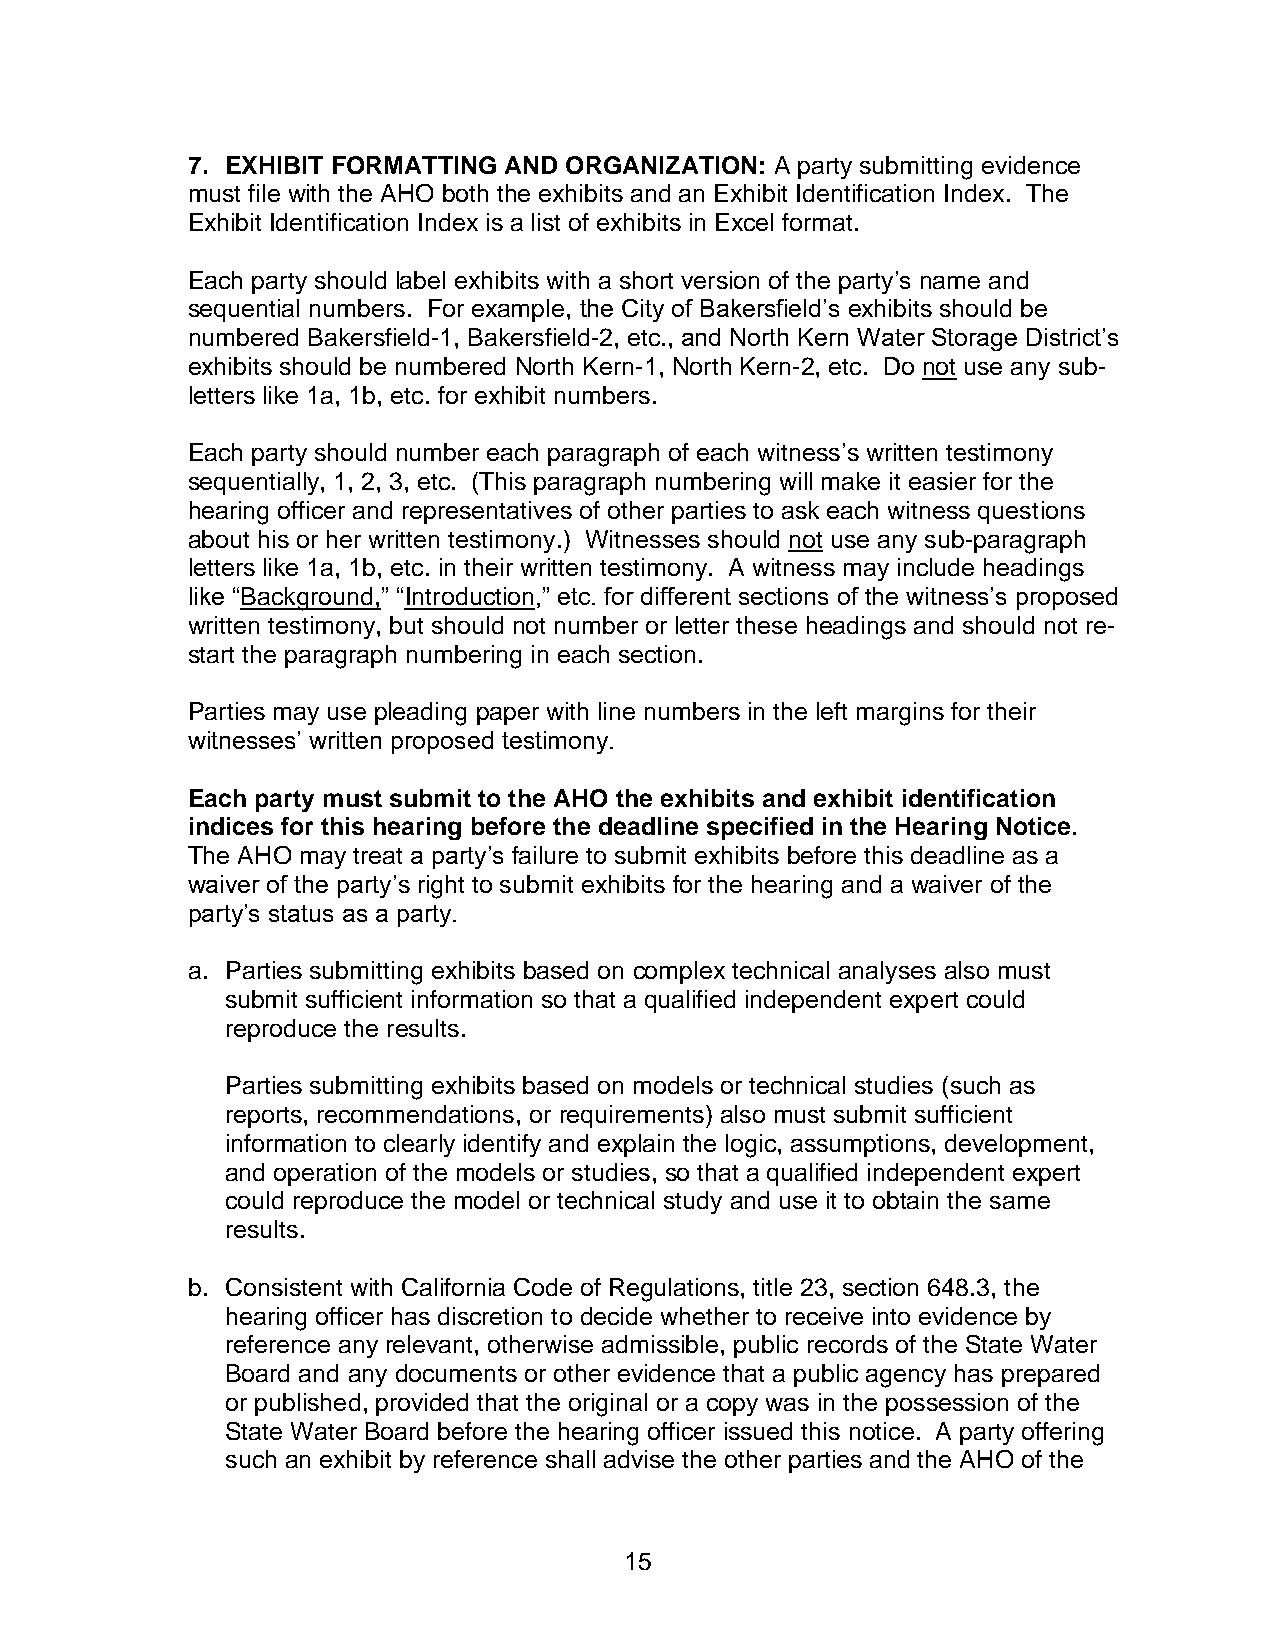
7. EXHIBIT FORMATTING AND ORGANIZATION: A party submitting evidence
 must file with the AHO both the exhibits and an Exhibit Identification Index. The
 Exhibit Identification Index is a list of exhibits in Excel format.
 Each party should label exhibits with a short version of the party’s name and
 sequential numbers. For example, the City of Bakersfield’s exhibits should be
 numbered Bakersfield-1, Bakersfield-2, etc., and North Kern Water Storage District’s
 exhibits should be numbered North Kern-1, North Kern-2, etc. Do not use any sub-
 letters like 1a, 1b, etc. for exhibit numbers.
 Each party should number each paragraph of each witness’s written testimony
 sequentially, 1, 2, 3, etc. (This paragraph numbering will make it easier for the
 hearing officer and representatives of other parties to ask each witness questions
 about his or her written testimony.) Witnesses should not use any sub-paragraph
 letters like 1a, 1b, etc. in their written testimony. A witness may include headings
 like “Background,” “Introduction,” etc. for different sections of the witness’s proposed
 written testimony, but should not number or letter these headings and should not re-
 start the paragraph numbering in each section.
 Parties may use pleading paper with line numbers in the left margins for their
 witnesses’ written proposed testimony.
 Each party must submit to the AHO the exhibits and exhibit identification
 indices for this hearing before the deadline specified in the Hearing Notice.
 The AHO may treat a party’s failure to submit exhibits before this deadline as a
 waiver of the party’s right to submit exhibits for the hearing and a waiver of the
 party’s status as a party.
 a. Parties submitting exhibits based on complex technical analyses also must
 submit sufficient information so that a qualified independent expert could
 reproduce the results.
 Parties submitting exhibits based on models or technical studies (such as
 reports, recommendations, or requirements) also must submit sufficient
 information to clearly identify and explain the logic, assumptions, development,
 and operation of the models or studies, so that a qualified independent expert
 could reproduce the model or technical study and use it to obtain the same
 results.
 b. Consistent with California Code of Regulations, title 23, section 648.3, the
 hearing officer has discretion to decide whether to receive into evidence by
 reference any relevant, otherwise admissible, public records of the State Water
 Board and any documents or other evidence that a public agency has prepared
 or published, provided that the original or a copy was in the possession of the
 State Water Board before the hearing officer issued this notice. A party offering
 such an exhibit by reference shall advise the other parties and the AHO of the
 15